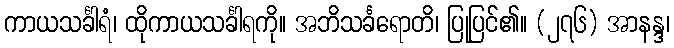
ကာယသင်္ခါရံ၊ ထိုကာယသင်္ခါရကို။ အဘိသင်္ခရောတိ၊ ပြုပြင်၏။ (၂၇၆) အာနန္ဒ၊